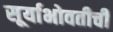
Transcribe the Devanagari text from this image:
सूर्याभोवतीची